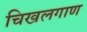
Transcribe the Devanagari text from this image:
चिखलगाण